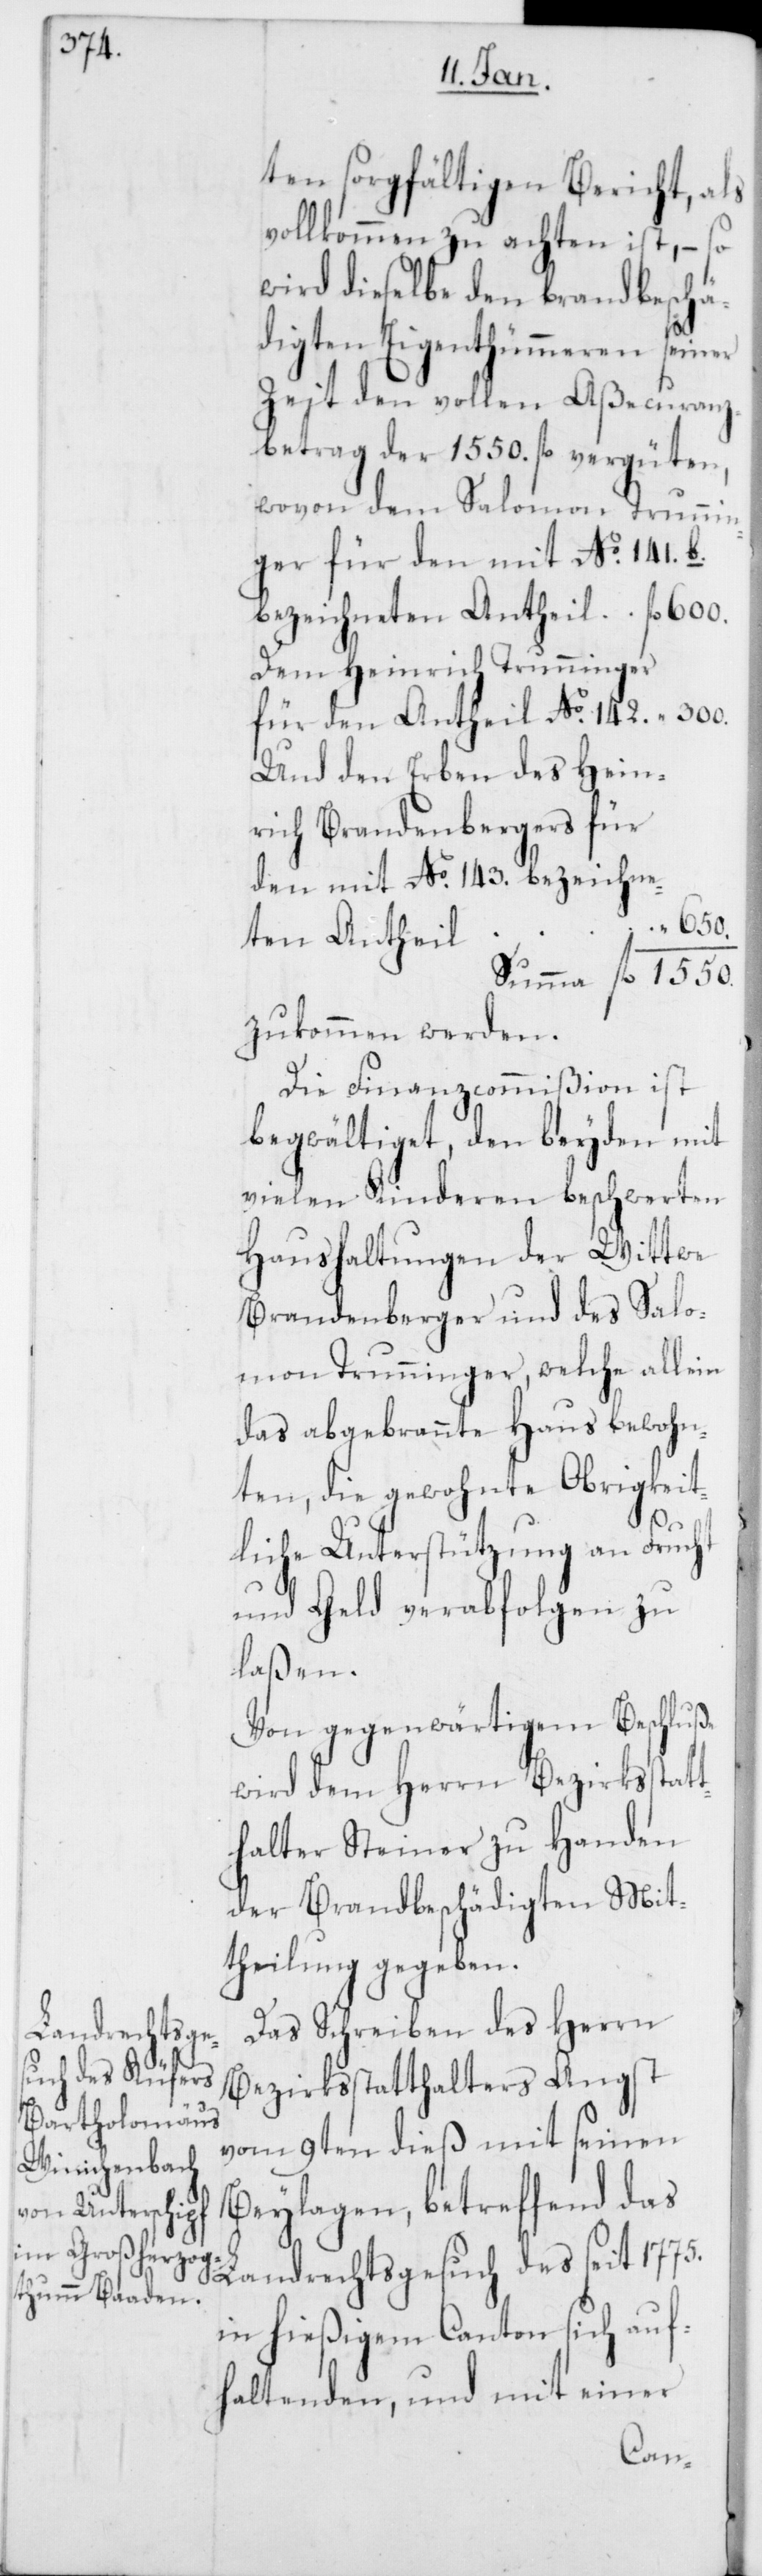
ten sorgfältigen Bericht, als
vollkommen zu achten ist, – so
wird dieselbe den brandbeschä¬
digten Eigenthümmeren seiner
Zeit den vollen Aßecuranz¬
betrag der 1550. fl. vergüten,
wovon dem Salomon Trunin¬
ger für den mit No. 141 b.
bezeichneten Antheil “ 650.
Dem Heinrich Trunninger
für den Antheil No. 142. “ 300.
Und den Erben des Hein¬
rich Brandenbergers für
Summa fl. 1550.
zukommen werden.
Die Finanzcommißion ist
begwältiget, den beyden mit
vielen Kinderen beschwerten
Haushaltungen der Wittwe
Brandenberger und des Salo¬
mon Trunninger, welche allein
das abgebrannte Haus bewohn¬
ten, die gewohnte Obrigkeit¬
liche Unterstützung an Frucht
und Geld verabfolgen zu
laßen.
Von gegenwärtigem Beschluße
wird dem Herrn Bezirksstatt¬
halter Steiner zu Handen
der Brandbeschädigten Mit¬
theilung gegeben.
Das Schreiben des Herrn
Bezirksstatthalter Angst
vom 9ten dieß mit seinen
Beylagen, betreffend das
Landrechtsgesuch des seit 1775.
in hießigem Canton sich auf¬
haltenden, und mit einer